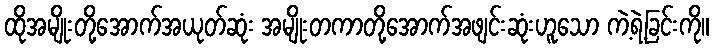
ထိုအမျိုးတို့အောက်အယုတ်ဆုံး အမျိုးတကာတို့အောက်အဖျင်းဆုံးဟူသော ကဲ့ရဲ့ခြင်းကို။